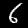
Label: 6